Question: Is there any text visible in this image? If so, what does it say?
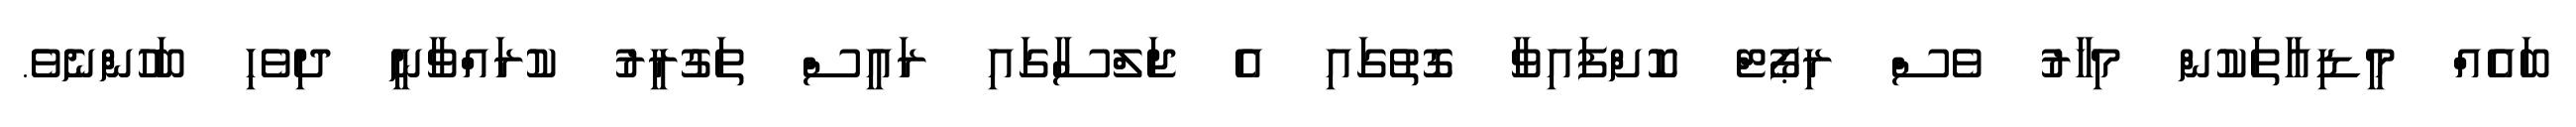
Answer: ބައެއް މީޑިއާތަކުން މިހާރު ވެސް ރިޕޯޓް ކޮށްފައިވާ ގޮތުގައި އެ ޖަލްސާގައި ރައީސް ތަގުރީރު ކުރައްވާނީ ދިވެހި ބަހުންނެވެ.